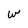
Character: w